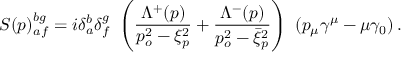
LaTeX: S ( p ) _ { a f } ^ { b g } = i \delta _ { a } ^ { b } \delta _ { f } ^ { g } ~ \left( \frac { \Lambda ^ { + } ( p ) } { p _ { o } ^ { 2 } - \xi _ { p } ^ { 2 } } + \frac { \Lambda ^ { - } ( p ) } { p _ { o } ^ { 2 } - \bar { \xi } _ { p } ^ { 2 } } \right) ~ ( p _ { \mu } \gamma ^ { \mu } - \mu \gamma _ { 0 } ) \, .